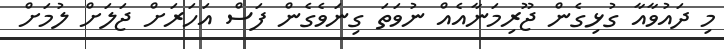
މި ދައުވާއާ ގުޅިގެން ޖޫރިމަނާއެއް ނުވަތަ ގިނަވެގެން ފަސް އަހަރަށް ޖަލަށް ލުމަށް